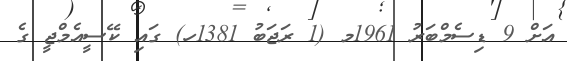
އަށް 9 ޑިސެމްބަރު 1961މ (1 ރަޖަބު 1381ހ) ގައި ކޭސީއެމްޖީ ގެ